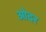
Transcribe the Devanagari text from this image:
ओदर